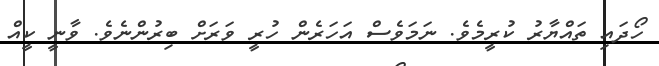
ހޯދައި ތައްޔާރު ކުރީމެވެ. ނަމަވެސް އަހަރެން ހުރީ ވަރަށް ބިރުންނެވެ. ވާނީ ކީއް